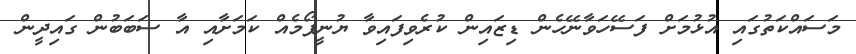
މަސައްކަތުގައި އުޅުމަށް ފަސޭހަވާނޭހެން ޑިޒައިން ކުރެވިފައިވާ ޔުނީފޯމެއް ކަމަށާއި އާ ސަބަބުން ގައިދީން